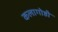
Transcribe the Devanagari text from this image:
कलागोष्ठी